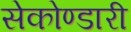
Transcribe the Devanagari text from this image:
सेकोण्डारी